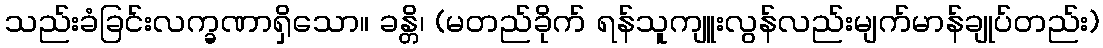
သည်းခံခြင်းလက္ခဏာရှိသော။ ခန္တိ၊ (မတည်ခိုက် ရန်သူကျူးလွန်လည်းမျက်မာန်ချုပ်တည်း)